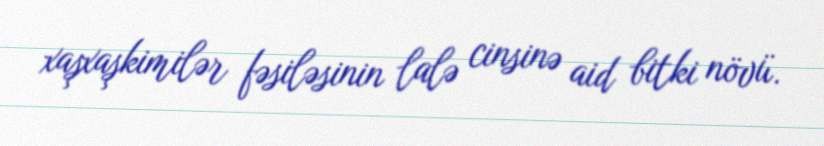
xaşxaşkimilər fəsiləsinin lalə cinsinə aid bitki növü.